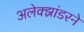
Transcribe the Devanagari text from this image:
अलेक्झांडरने